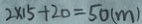
2 \times 1 5 + 2 0 = 5 0 ( m )